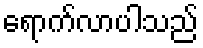
ရောက်လာပါသည်